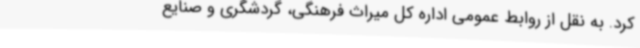
کرد. به نقل از روابط عمومی اداره کل میراث فرهنگی، گردشگری و صنایع